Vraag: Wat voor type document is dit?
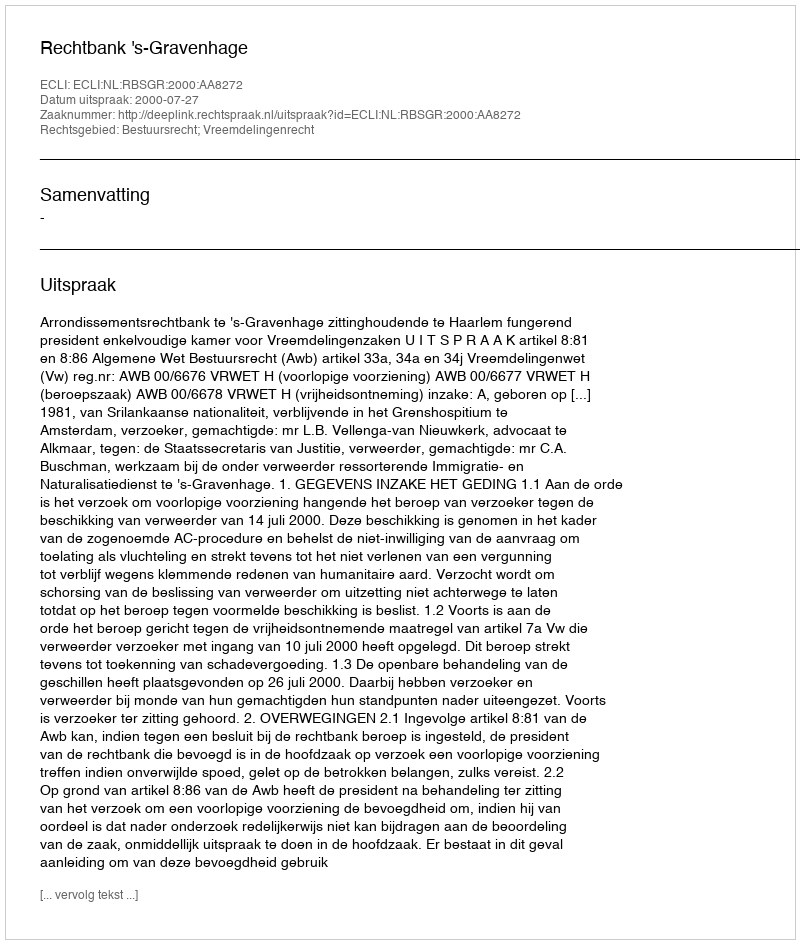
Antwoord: Uitspraak